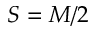
S = M / 2